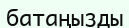
батаңызды